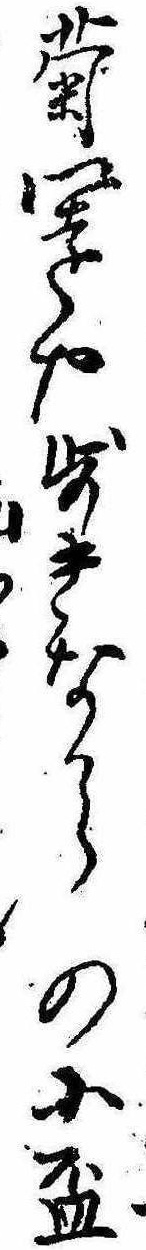
菊園や歩きなからの小杯